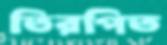
তিরপিত